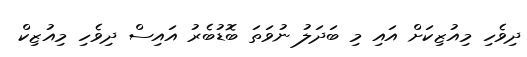
ދިވެހި މިއުޒިކަށް އައި މި ބަދަލު ނުވަތަ ބޮޑުބެރު އައިސް ދިވެހި މިއުޒިކް